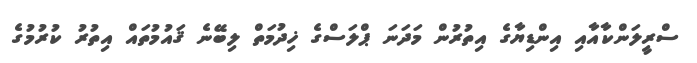
ސްރީލަންކާއާއި އިންޑިޔާގެ އިތުރުން މަދަނަ ޕްލަސްގެ ޚިދުމަތް ލިބޭނެ ޤައުމުތައް އިތުރު ކުރުމުގެ